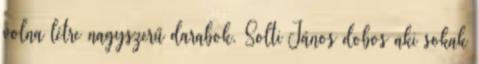
volna létre nagyszerű darabok. Solti János dobos aki sokak